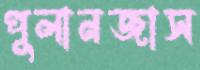
পুলানজাস